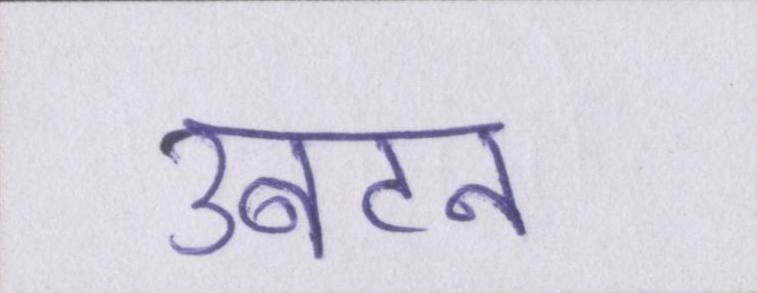
उबटन